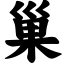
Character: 巢